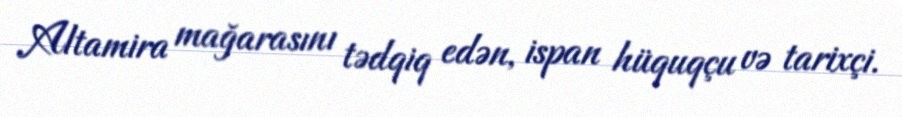
Altamira mağarasını tədqiq edən, ispan hüquqçu və tarixçi.